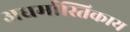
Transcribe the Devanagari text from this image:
अधर्मास्तिकाय